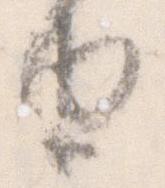
由